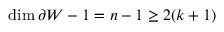
\dim \partial W - 1 = n - 1 \geq 2 ( k + 1 )